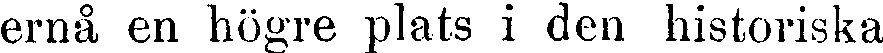
ernå en högre plats i den historiska